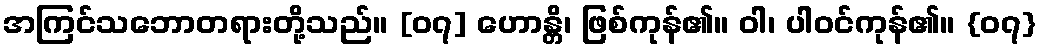
အကြင်သဘောတရားတို့သည်။ [၀၇] ဟောန္တိ၊ ဖြစ်ကုန်၏။ ဝါ၊ ပါဝင်ကုန်၏။ {၀၇}